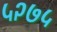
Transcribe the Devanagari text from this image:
५२७५